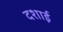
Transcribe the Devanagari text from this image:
दशाई